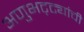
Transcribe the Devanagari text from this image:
अणुभट्ट्यांची